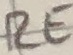
Text: RE